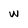
Character: w